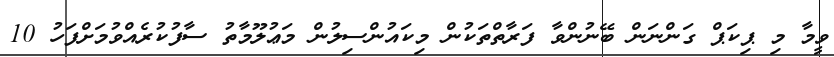
ވީމާ މި ޕިކަޕް ގަންނަން ބޭނުންވާ ފަރާތްތަކުން މިކައުންސިލުން މަޢުލޫމާތު ސާފުކުރެއްވުމަށްފަހު 10